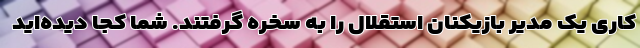
کاری یک مدیر بازیکنان استقلال را به سخره گرفتند. شما کجا دیده‌اید